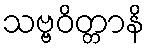
သဗ္ဗဝိတ္တာနိ